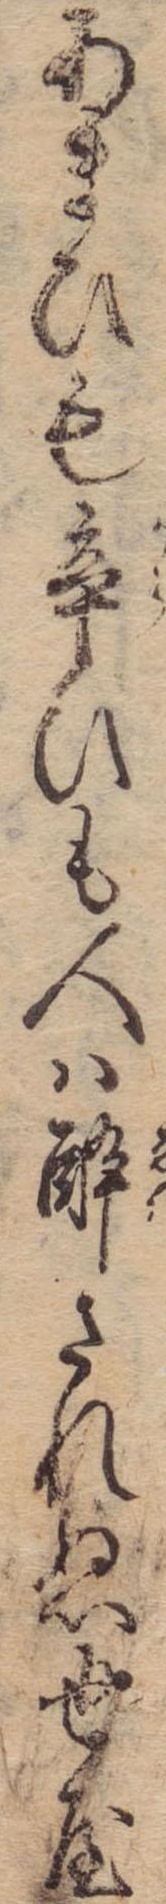
あまひも辛ひも人は酔されぬ世や